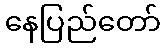
နေပြည်တော်